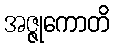
အဇ္ဇုကောတိ